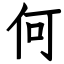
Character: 何